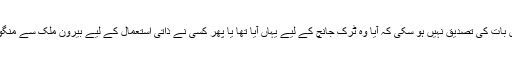
البتہ اس بات کی تصدیق نہیں ہو سکی کہ آیا وہ ٹرک جانچ کے لیے یہاں آیا تھا یا پھر کسی نے ذاتی استعمال کے لیے بیرون ملک سے منگوایا تھا۔